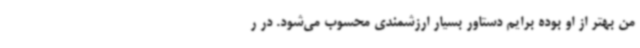
من بهتر از او بوده برایم دستاور بسیار ارزشمندی محسوب می‌شود. در ر